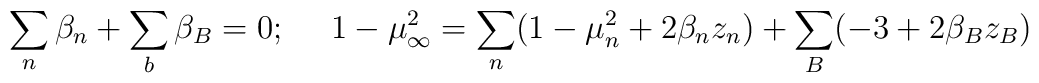
\sum_n\beta_n +\sum_b\beta_B=0;~~~~1-\mu ^2_\infty = \sum_n(1-\mu _n^2+2\beta_n z_n) + \sum_B (-3 +2\beta_B z_B)